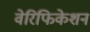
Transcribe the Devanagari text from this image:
वेरिफिकेशन